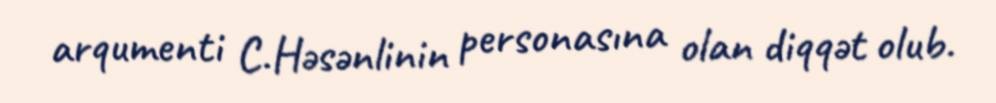
arqumenti C.Həsənlinin personasına olan diqqət olub.